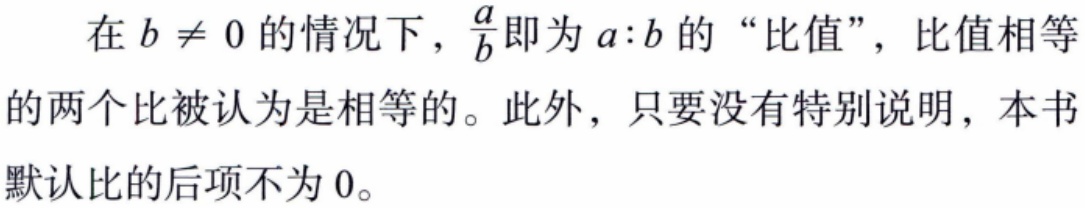
在 \(b \neq 0\) 的情况下，\(\frac{a}{b}\) 即为 \(a:b\) 的 “比值”，比值相等的两个比被认为是相等的。此外，只要没有特别说明，本书默认比的后项不为 \(0\)。